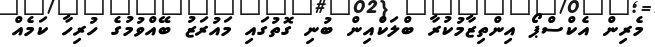
މެރިން އެކްސްޕޯ އިންތިޒާމުކުރާ ބްލަކްއިން ބުނި ގޮތުގައި މައުރަޒު ބޭއްވުމުގެ ހުރިހާ ކަމެއް